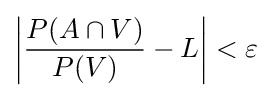
\left|{\frac {P(A\cap V)}{P(V)}}-L\right|<\varepsilon